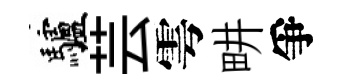
驢芸雩畊爭